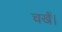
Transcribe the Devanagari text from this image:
चखैं।